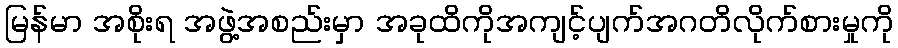
မြန်မာ အစိုးရ အဖွဲ့အစည်းမှာ အခုထိကိုအကျင့်ပျက်အဂတိလိုက်စားမှုကို